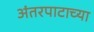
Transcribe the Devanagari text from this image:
अंतरपाटाच्या